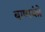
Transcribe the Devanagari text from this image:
बाष्पयंत्रे